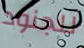
للجنود